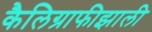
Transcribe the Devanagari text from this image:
कैलिग्राफीझाली